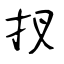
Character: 扠